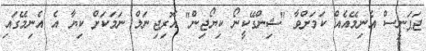
ޖަޕަނީސް އެނިމޭއެއް ކަމަށްވާ "ޝިންގޭކީނޯ ކިޔޯޖިން" އޮރިޖިނަލް ނަމަކަށް ކިޔާ އެ އެނިމޭގައި